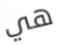
هي